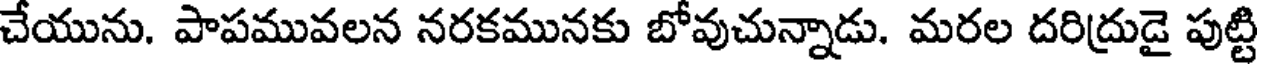
చేయును. పాపమువలన నరకమునకు బోవుచున్నాడు. మరల దరిద్రుడై పుట్టి